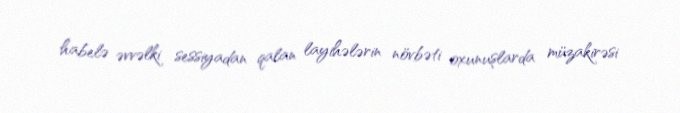
habelə əvvəlki sessiyadan qalan layihələrin növbəti oxunuşlarda müzakirəsi